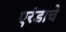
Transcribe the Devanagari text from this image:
एरंडाचे